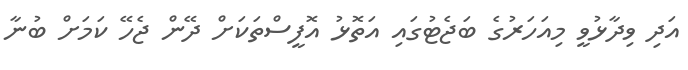
އަދި ވިދާޅުވީ މިއަހަރުގެ ބަޖެޓުގައި އަތޮޅު އޮފީސްތަކަށް ދޭން ޖެހޭ ކަމަށް ބުނާ